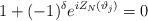
\begin{align*}1+(-1)^{\delta }e^{iZ_{N}(\vartheta _{j})}=0\end{align*}